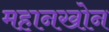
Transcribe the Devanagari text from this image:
महानखोन